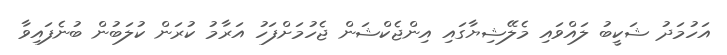
އަހުމަދު ޝަކީބު ލައްވައި މެލޭޝިޔާގައި އިންޖެކްޝަން ޖެހުމަށްފަހު އަރާމު ކުރަން ކުލަބުން ބުނެފައިވާ